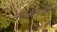
શાસનથી